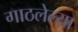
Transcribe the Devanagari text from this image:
गाठलेल्या